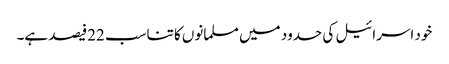
خود اسرائیل کی حدود میں مسلمانوں کا تناسب 22فیصد ہے۔